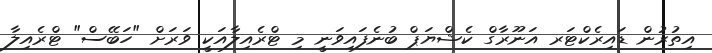
އިތުރުން ޑައިރެކްޓަރ އަނޫރާގް ކެޝްޔަޕް ބުނެފައިވަނީ މި ޓްރެއިލާއަކީ ވަރަށް "ހަބޭސް" ޓްރެއިލާ